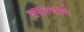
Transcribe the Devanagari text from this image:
वसल्याने